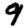
Digit: 9